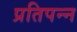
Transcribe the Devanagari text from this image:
प्रतिपन्न